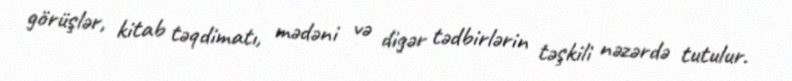
görüşlər, kitab təqdimatı, mədəni və digər tədbirlərin təşkili nəzərdə tutulur.